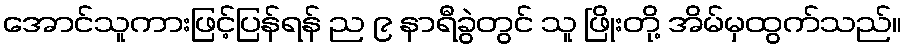
အောင်သူကားဖြင့်ပြန်ရန် ည ၉ နာရီခွဲတွင် သူ ဖြိုးတို့ အိမ်မှထွက်သည်။